Scottish Leaving Certificate Examination, 1954
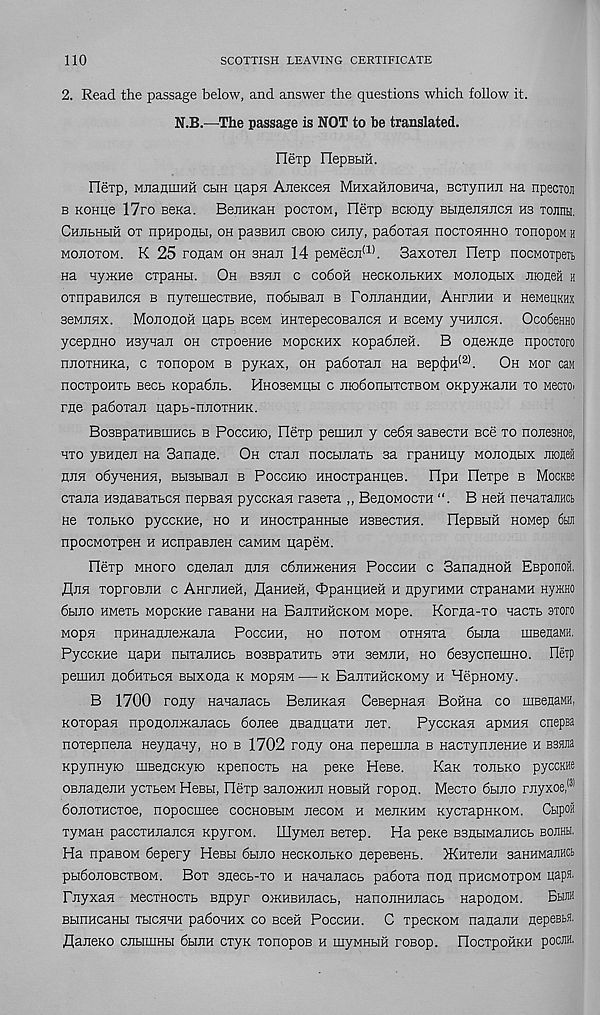
110
SCOTTISH LEAVING CERTIFICATE
2. Read the passage below, and answer the questions which follow it.
N.B.—The passage is NOT to be translated.
Flerp riepBHH.
nerp, MJiaumHH clih uapa AneKcen MHxaHJiOBHna, BCTynnii na npecroji
b KOHije 17ro BeKa. BemiKaH pocioM, Herp Bciony BBiaejiHiicH hs TOJinti,
Chjibhbih ot npHponbi, oh passim cboio cHiiy, padoian hoctohhho TonopoM h
mojiotom. K 25 ronaM oh sHaii 14 peMecji (1) . Saxoxeii IleTp nocMOTpeib
Ha nyiKHe cxpaHBi. Oh bshji c co6oh HecKOiibKHx mojiohbix inoneH h
oxnpaBimcH b nyxemecxBHe, nodbiBaii b FojuiaHUHH, Ahfjihh h neMeiirax
seMEHx. Mojiohoh uapb bcbm HHxepecoBajica h sceMy ynHiicH. OcofieHHo
ycepRHO Ksynan oh cxpoeHHe MopcKHx Kopabneii. B onexme npocxoro
niioxHHKa, c xonopoM b pyxax, oh paboxan Ha Bep$H (2) .
Oh mop can
nocxpoHXb secb Kopabiib. HnoseMiibi c mobonbixcTBOM OKpymann xo MectO'
rue paboxan iiapb-niioxHHK.
BosBpaxHBiiiHCb b Pocchkd, Flexp peuiHii y ceba saBecxH Bee xo nonesHoe,
hxo yBHneii na Sanane. Oh cxaii nocbuiaxb sa rpanHuy Moironbix Eioaeii
heh obyveHHH, BHSHBan b Pocchio HHOcxpaHiieB. Opn Oexpe b Mockbc
cxana HsjiaBaxbCH nepsaH pyccKan rasexa ,, BeHOMOcxH
B Heii nenaxairact
H6 TOJIbKO pyCCKHe, HO H HHOCXpaHHbie HSBeCXHH. HepEbiH Howep 6hji
npocwoxpeH h HcnpaBiieH caMHM papeM.
Bexp mhoxo cnejian hhh cbiiHiKeHHJi Pocchh c SanaflHOH EBponoii,
fliiH xoproBRH c AHrEHeft, flaHHeH, OpaHiiHeii h HpyrHMH cxpanawH Hy*H0
bbiiio HMexb MopcKHe raBaHH na BanxHHCKOM Mope. Korna-xo Hacxb sxoro
Mopn npHHamieiKaJia Pocchh, ho hoxom oxHHxa bbiiia uiBenaMH.
PyccKHe uapn nbixaiiHCb BOSBpaxHTb axn sewiiH, ho besycnemHO. Fletp
peiHHJI HObHXbCH Bbixona K MOpHM K BailXHHCKOMy H HepHOMy.
B 1700 rony Hanajiacb BeirHKasi CeBepnaH BoiiHa co uiBenaMH,
Koxopan npofloniKajiacb boiiee nBanpaxH iiex.
PyccKan apMHH cnepea
noxepneiia HeyHany, ho b 1702 rony ona neperana b HacxynneHHe h Bsara
KpynHyio uiBencKyio Kpenocxb na pexe HeBe.
Kax xoubko pyccKHe
OBJianenH ycxseM Hesbi, Hexp sanoiKHJi hobbih ropon. Mecxo bbmo rjiyxo.e,®
bojioxHcxoe, nopocmee cochobhm jibcom h MeiiKHM KycxapHKOM. Cbipoii
xyMan paccxHiiancH KpyroM. IIIyMeji Bexep. Ha pexe BsnbiwaJiHCb bojihh.
Ha npaBOM bepery Hesbi bbino necKOJibKO HepeBenb. JKnxejiH saHHMajfflct
pbibonoBcxBOM. Box snecb-xo h Hanaiiacb paboxa non npHeMoxpoM papa.
FnyxaH MecxHOcxs Biipyr oiKHBHjiacb, HanoiiHHJiacb HapopoM.
Bhjih
BbiriHcaHbi xhchhh paboHHx co bcgh Pocchh. C xpecKOM napaiiH pepeBta.
flaneKO cPbiniHbi bbiPH cxyK xonopoB h myMHHH roBop. HocxpoiiKH poc®.